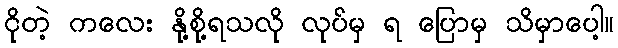
ငိုတဲ့ ကလေး နို့စို့ရသလို လုပ်မှ ရ ပြောမှ သိမှာပေါ့။